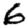
Digit: 6